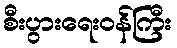
စီးပွားရေးဝန်ကြီး